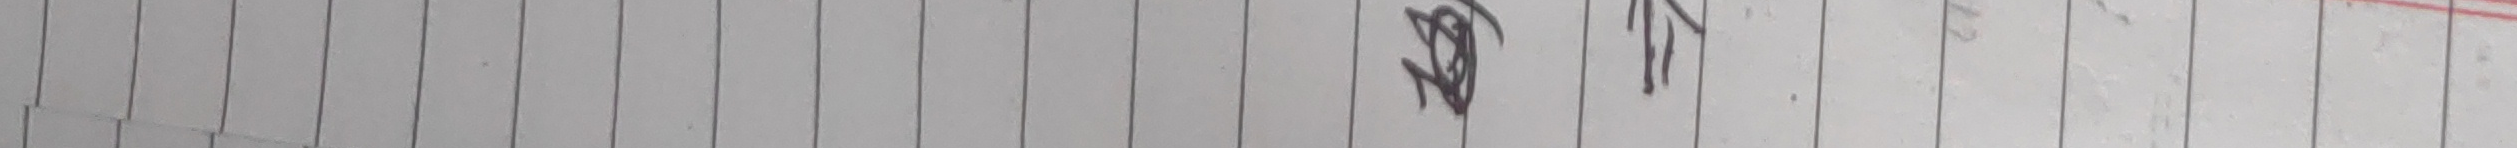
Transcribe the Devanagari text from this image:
१२१